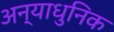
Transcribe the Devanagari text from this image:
अन्याधुनिक